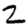
Digit: 2